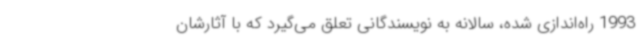
1993 راه‌اندازی شده‌، سالانه به نویسندگانی تعلق می‌گیرد که با آثارشان